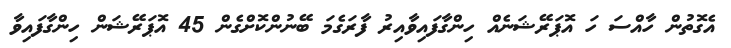
އެގޮތުން ހާއްސަ ހަ އޮޕަރޭޝަނެއް ހިންގާފައިވާއިރު ފާރަގެމަ ބޭނުންކޮށްގެން 45 އޮޕަރޭޝަން ހިންގާފައިވާ